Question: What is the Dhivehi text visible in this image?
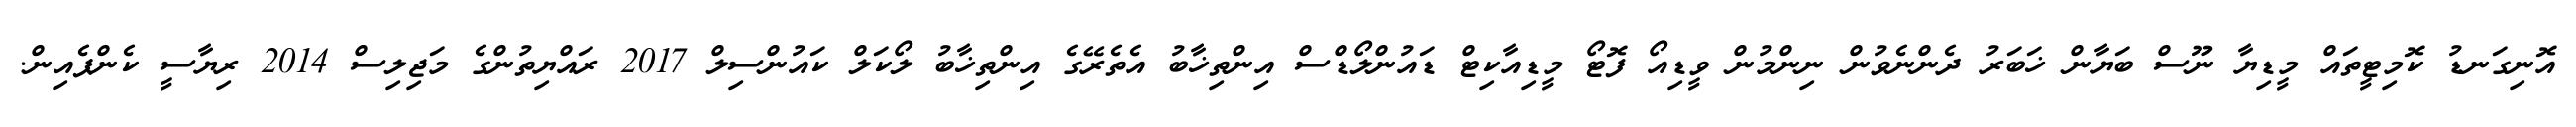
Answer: އޮނިގަނޑު ކޮމިޓީތައް މީޑިޔާ ނޫސް ބަޔާން ޚަބަރު ދެންނެވުން ނިންމުން ވީޑިއޯ ފޮޓޯ މީޑިއާކިޓް ޑައުންލޯޑްސް އިންތިޚާބު އެތެރޭގެ އިންތިޚާބު ލޯކަލް ކައުންސިލް 2017 ރައްޔިތުންގެ މަޖިލިސް 2014 ރިޔާސީ ކެންޕެއިން.